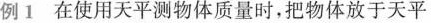
例1在使用天平测物体质量时，把物体放于天平